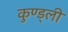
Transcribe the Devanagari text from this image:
कुण्ड्ली